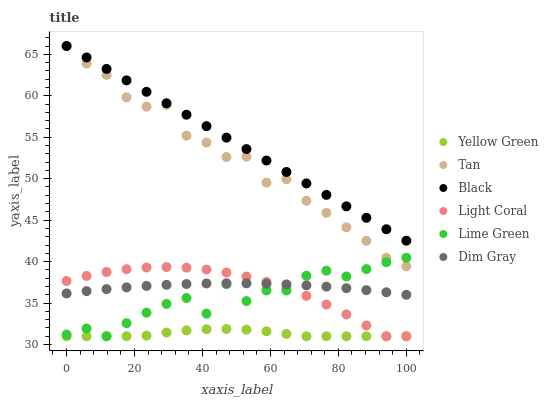
| xaxis_label | Yellow Green | Tan | Black | Light Coral | Lime Green | Dim Gray |
 | --- | --- | --- | --- | --- | --- | --- |
 | 0 | 31 | 66 | 66 | 37.7 | 31.2 | 36.2 |
 | 5.88 | 31 | 63.9 | 64.6 | 38.3 | 31.9 | 36.4 |
 | 11.8 | 31 | 62.5 | 63.2 | 38.8 | 31 | 36.7 |
 | 17.6 | 31 | 59.8 | 61.9 | 39.1 | 32.6 | 36.9 |
 | 23.5 | 31.1 | 58.7 | 60.5 | 39.3 | 33.8 | 37.1 |
 | 29.4 | 31.4 | 58.9 | 59.1 | 39.3 | 34.9 | 37.2 |
 | 35.3 | 31.7 | 55.2 | 57.7 | 39.3 | 35.6 | 37.3 |
 | 41.2 | 31.8 | 54.4 | 56.3 | 39 | 33.7 | 37.4 |
 | 47.1 | 31.9 | 52.6 | 55 | 38.7 | 37.3 | 37.4 |
 | 52.9 | 31.8 | 52.7 | 53.6 | 38.2 | 35.2 | 37.4 |
 | 58.8 | 31.6 | 49.5 | 52.2 | 37.6 | 36.5 | 37.3 |
 | 64.7 | 31.3 | 49.9 | 50.8 | 36.8 | 36.5 | 37.3 |
 | 70.6 | 31 | 47.3 | 49.4 | 35.9 | 38.3 | 37.1 |
 | 76.5 | 31 | 45.9 | 48 | 34.8 | 38.9 | 37 |
 | 82.4 | 31 | 44.1 | 46.7 | 33.6 | 38.2 | 36.8 |
 | 88.2 | 31 | 42.5 | 45.3 | 32.3 | 39.1 | 36.6 |
 | 94.1 | 31 | 40.5 | 43.9 | 31 | 39.9 | 36.3 |
 | 100 | 31 | 39.4 | 42.5 | 31 | 40.5 | 36 |